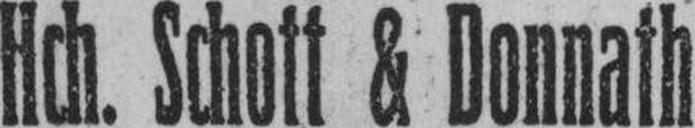
Hch. Schott & Donnath